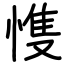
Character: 愯